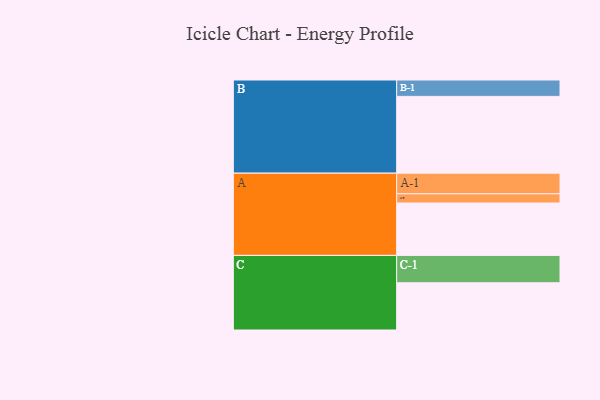
{"axis": {"x": "Segment", "y": "Value"}, "legend": ["", "A", "B", "C"], "data": [{"x": "A", "y": 358, "type": ""}, {"x": "B", "y": 525, "type": ""}, {"x": "C", "y": 323, "type": ""}, {"x": "A-1", "y": 141, "type": "A"}, {"x": "A-2", "y": 63, "type": "A"}, {"x": "B-1", "y": 112, "type": "B"}, {"x": "C-1", "y": 187, "type": "C"}]}